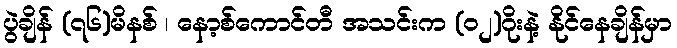
ပွဲချိန် (၇၆)မိနစ် ၊ နော့စ်ကောင်တီ အသင်းက (ဝ၂)ဂိုးနဲ့ နိုင်နေချိန်မှာ